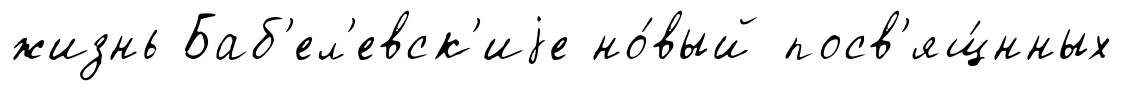
жизнь Баб'ел'евск'иjе но́вый посв'ящ́нных